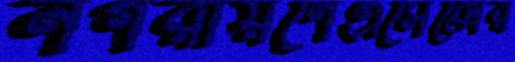
নগরায়ণেএসেক্সের